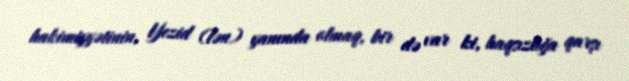
hakimiyyətinin, Yezid (lən) yanında olmaq, bir də var ki, haqsızlığa qarşı